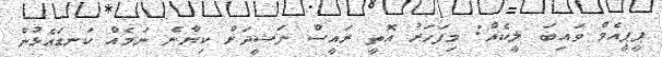
ޕީޕީއެމް ވައިބަ ލީކެއް: މިފަހަރު އޮތީ ރައީސް ނަޝީދަށް ކިޔާނެ ނަމެއް ކަނޑައެޅުން